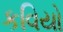
કવિયો